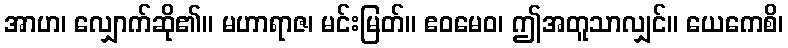
အာဟ၊ လျှောက်ဆို၏။ မဟာရာဇ၊ မင်းမြတ်။ ဧဝမေဝ၊ ဤအတူသာလျှင်။ ယေကေစိ၊